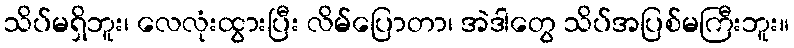
သိပ်မရှိဘူး၊ လေလုံးထွားပြီး လိမ်ပြောတာ၊ အဲဒါတွေ သိပ်အပြစ်မကြီးဘူး။